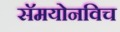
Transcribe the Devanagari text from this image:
सॅमयोनविच